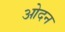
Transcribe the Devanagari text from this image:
ओदन